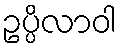
ဥပ္ပိလာဝါ